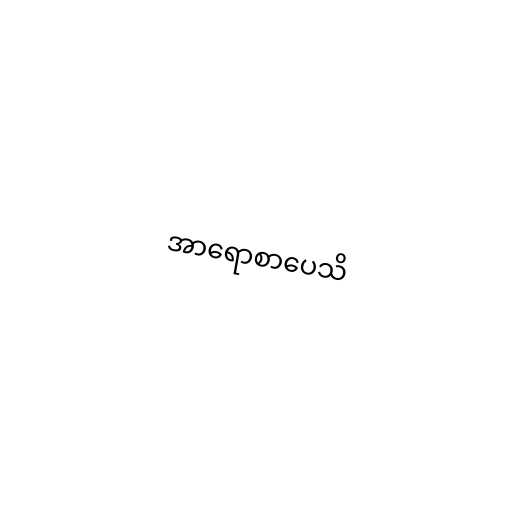
အာရောစာပေသိ